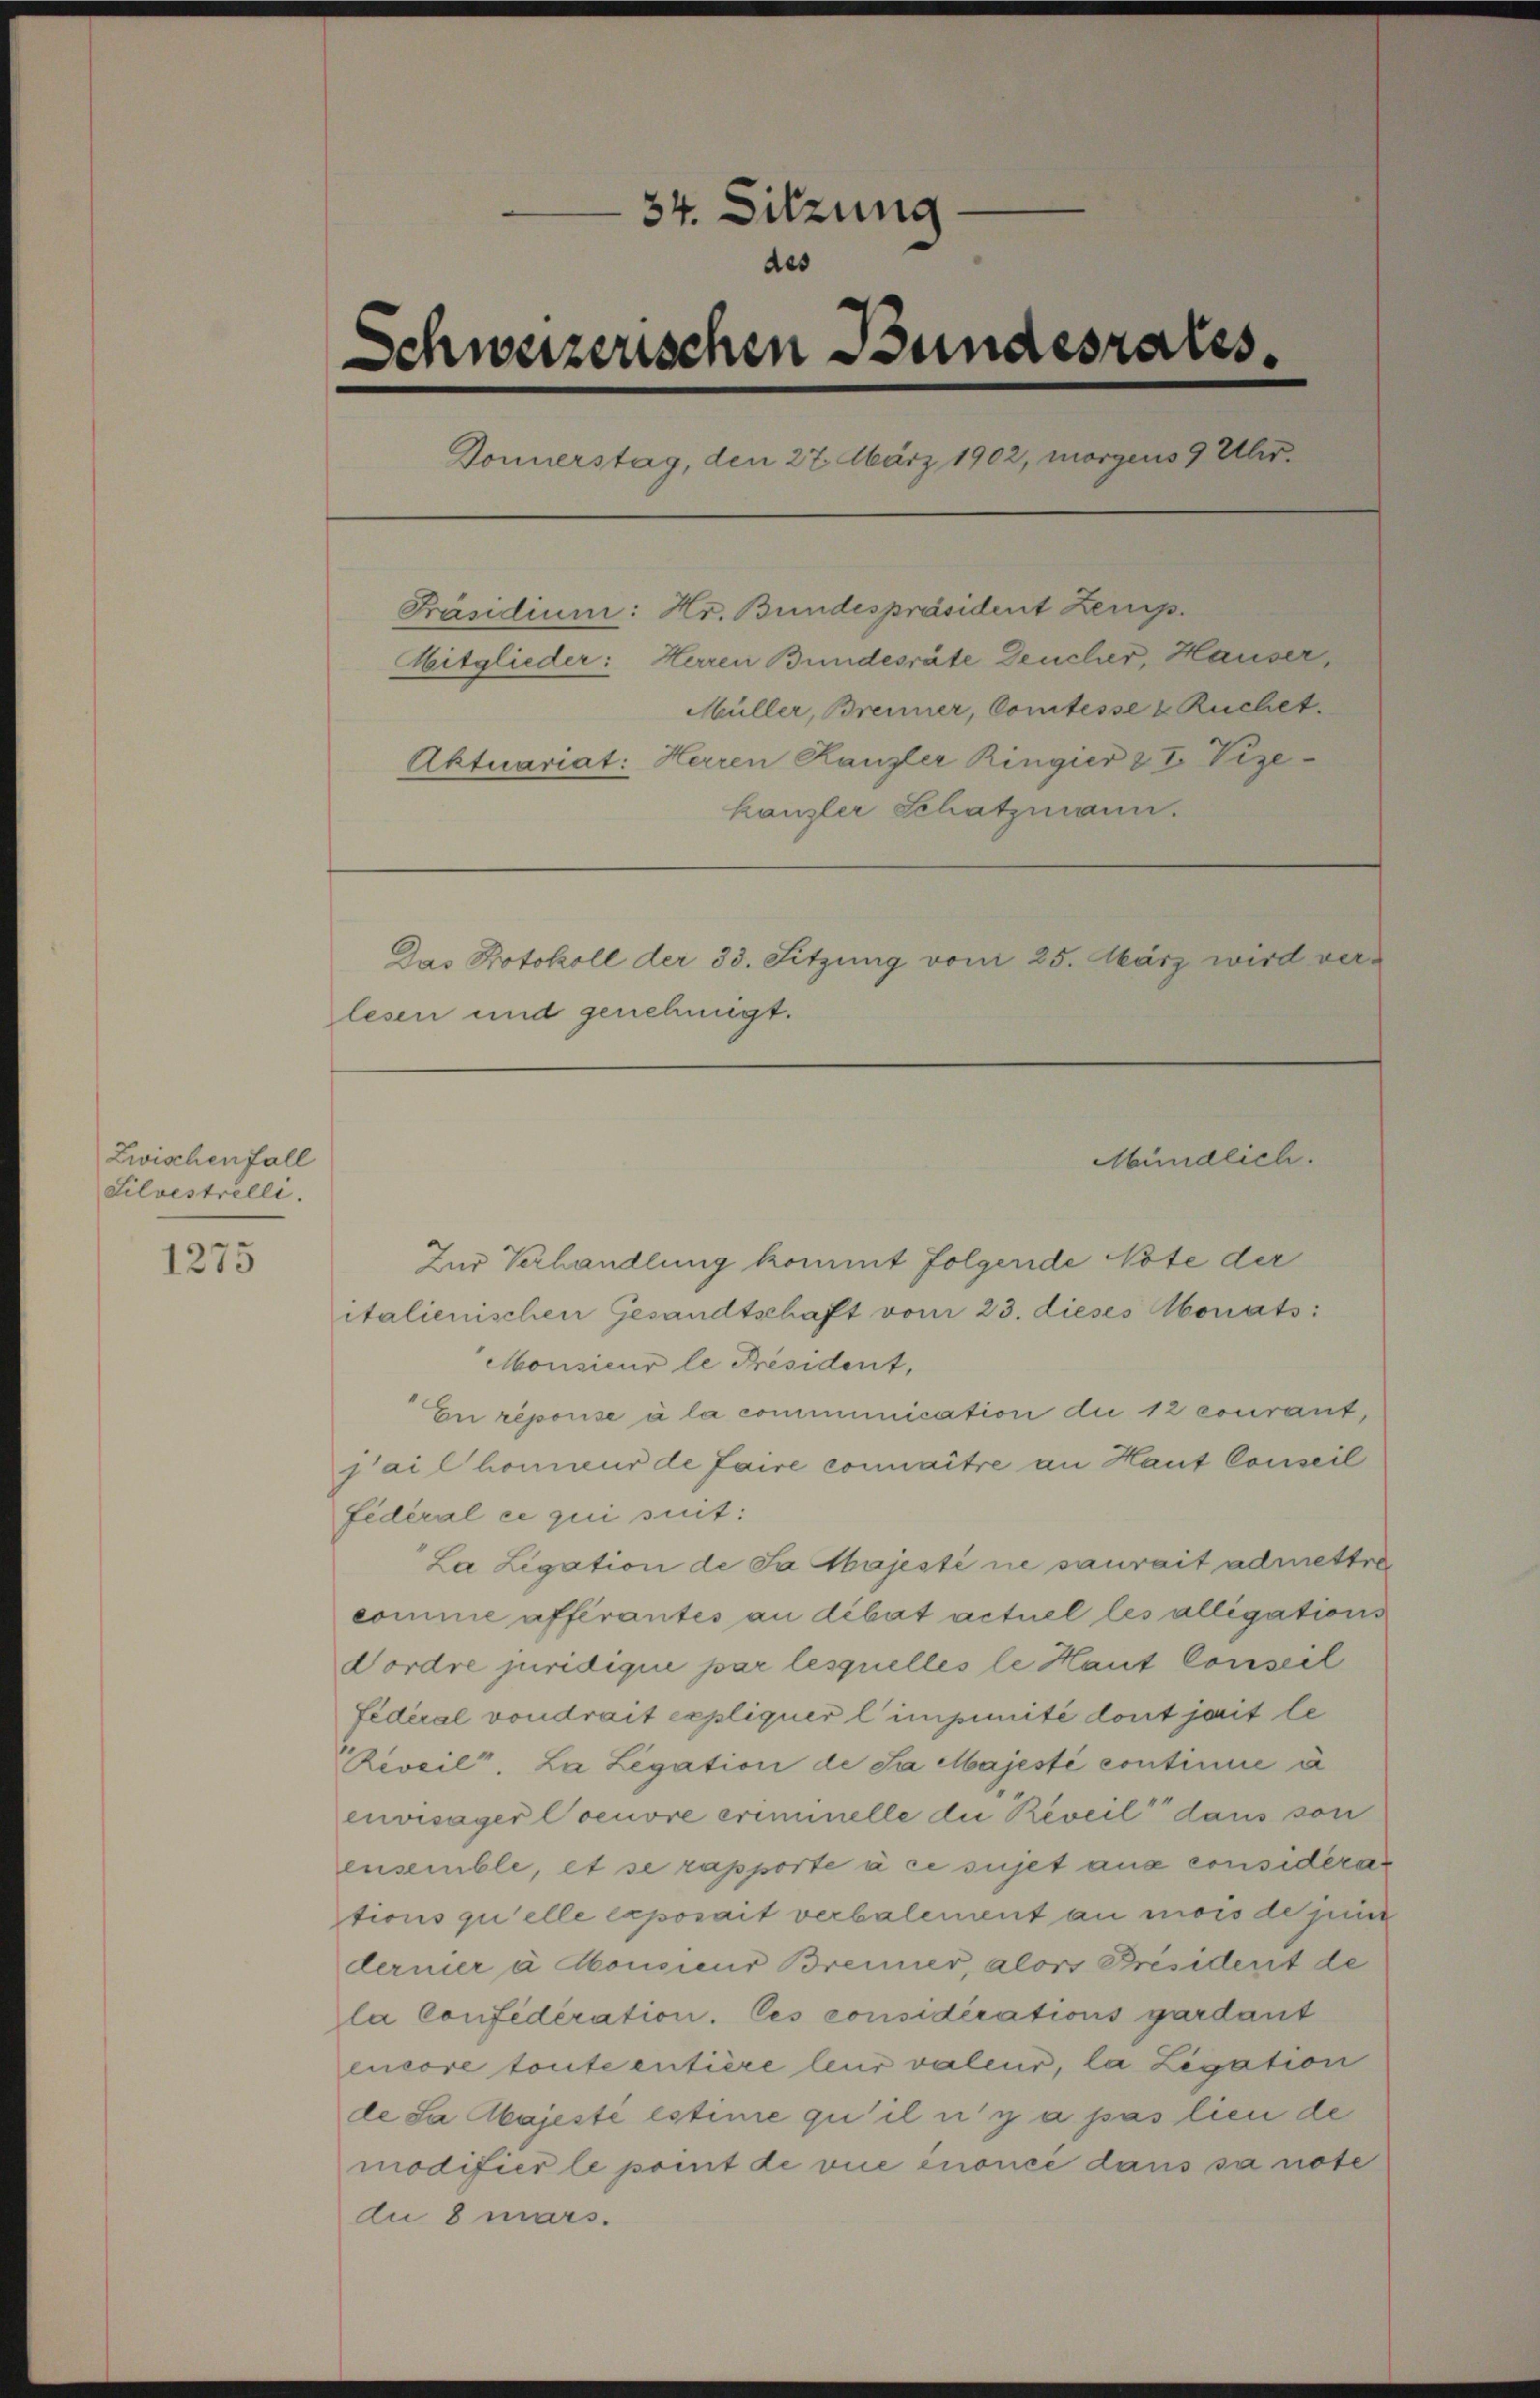
Zwischenfall
Silvestrelli.

1275

34. Sitzung
des
Schweizerischen Bundesraths¬
Donnerstag, den 27. März 1902, morgens 9 Uhr.
Präsidium: Hr. Bundespräsident Zeug¬
Mitglieder: Herren Bundesräte Deucher, Hauser,
Müller, Brenner, Comtesse & Ruchet.
Aktuariat: Herren Kanzler Ringier & I Vize-
kanzler Schatzmann.
Das Protokoll der 33. Sitzung vom 25. März wird verlesen und genehmigt.

Mündlich.

Zur Verhandlung kommt folgende Note der
italienischen Gesandtschaft vom 23. dieses Morats:
Monsieur le Président,
En reporise à la communication die 12 courant,
jail honneur de faire connaitre an Haut Conseil
fédéral ce qui suit:
La Ligation de Sa Majesté ne saurait admettre
comme afferantes an dibat actuel les alligations
Dordre juridique par lesquelles le Haut Conseil
Federal voudrait expliquer l impimité dont jait le
Reveil. La Legation de Sa Majesté continire d
envisager Coeuvre criminelle die Reveil dans son
ensemble, et se rapporte à ce sujet aux considera
tions qu’elle exposait verbalement au mois de jene
dernier à consieur Brenner, alors Presidert de
la Confederation. Ces considérations gardant
encore toute entière leur valeur, la Legation
de Sa Majeste estime qu’il n’y a pas lien de
modifier le point de vice énoncé dans sa note
du 8 mars.